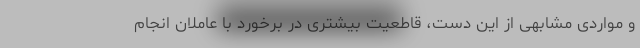
و مواردی مشابهی از این دست، قاطعیت بیشتری در برخورد با عاملان انجام